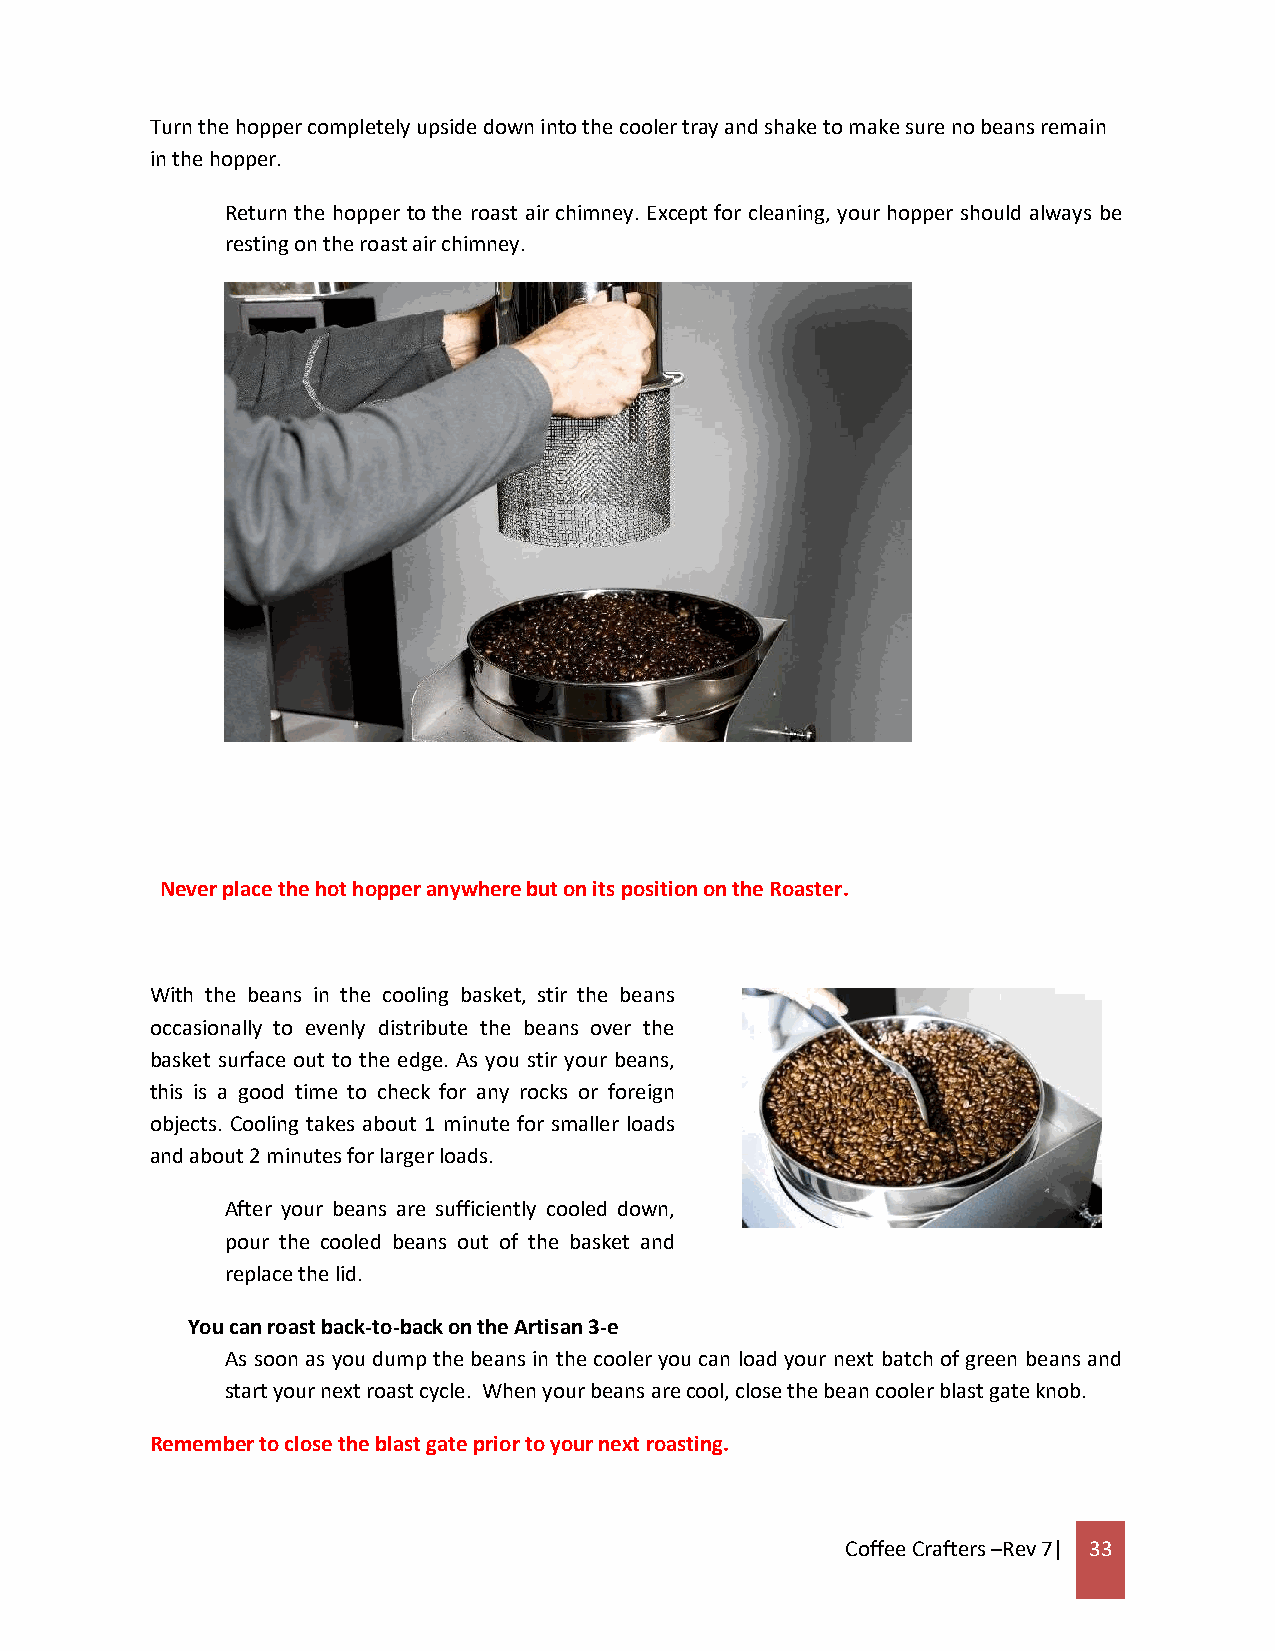
Turn the hopper completely upside down into the cooler tray and shake to make sure no beans remain
 in the hopper.
 Return the hopper to the roast air chimney. Except for cleaning, your hopper should always be
 resting on the roast air chimney.
 Never place the hot hopper anywhere but on its position on the Roaster.
 With the beans in the cooling basket, stir the beans
 occasionally to evenly distribute the beans over the
 basket surface out to the edge. As you stir your beans,
 this is a good time to check for any rocks or foreign
 objects. Cooling takes about 1 minute for smaller loads
 and about 2 minutes for larger loads.
 After your beans are sufficiently cooled down,
 pour the cooled beans out of the basket and
 replace the lid.
 You can roast back-to-back on the Artisan 3-e
 As soon as you dump the beans in the cooler you can load your next batch of green beans and
 start your next roast cycle. When your beans are cool, close the bean cooler blast gate knob.
 Remember to close the blast gate prior to your next roasting.
 Coffee Crafters –Rev 7| 33